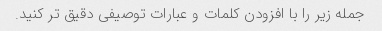
جمله زیر را با افزودن کلمات و عبارات توصیفی دقیق تر کنید.